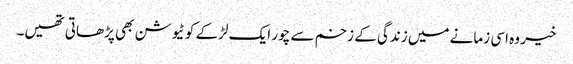
خیر وہ اسی زمانے میں زندگی کے زخم سے چور ایک لڑکے کو ٹیوشن بھی پڑھاتی تھیں۔